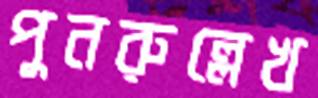
পুনরুল্লেখ